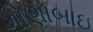
ગોણાબાઇ